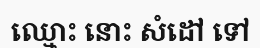
ឈ្មោះ នោះ សំដៅ ទៅ